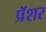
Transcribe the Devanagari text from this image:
प्रॅशर